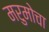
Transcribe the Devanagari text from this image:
मरुमोचा